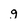
Character: g